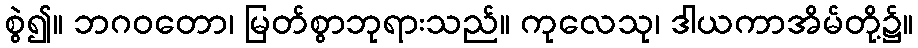
စွဲ၍။ ဘဂဝတော၊ မြတ်စွာဘုရားသည်။ ကုလေသု၊ ဒါယကာအိမ်တို့၌။